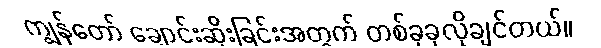
ကျွန်တော် ချောင်းဆိုးခြင်းအတွက် တစ်ခုခုလိုချင်တယ်။